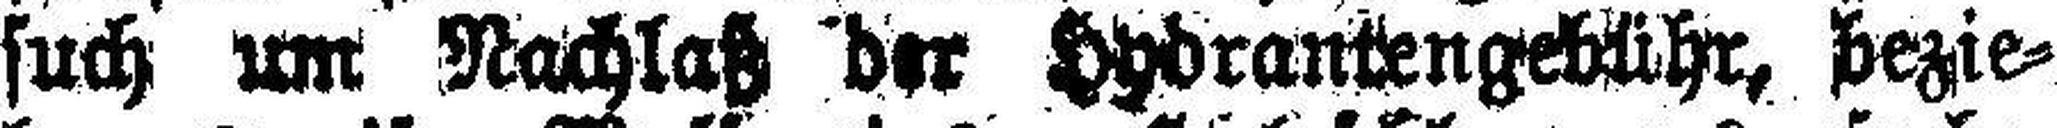
such um Nachlaß der Hydrantengebühr, bezie¬